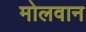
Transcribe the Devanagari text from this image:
मोलवान